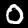
Label: 0